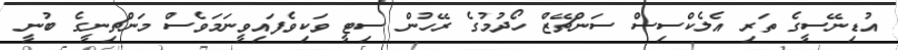
އުޑިނޭސީގެ ތަރި އެލެކްސިސް ސަންޗޭޒް ހޯދުމުގެ ރޭހުން ސިޓީ ވަކިވެފައިވީނަމަވެސް މަންޗިނީގެ ބުނީ